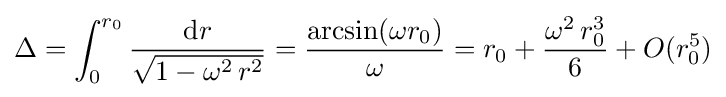
\Delta =\int _{0}^{r_{0}}{\frac {\mathrm {d} r}{\sqrt {1-\omega ^{2}\,r^{2}}}}={\frac {\arcsin(\omega r_{0})}{\omega }}=r_{0}+{\frac {\omega ^{2}\,r_{0}^{3}}{6}}+O(r_{0}^{5})